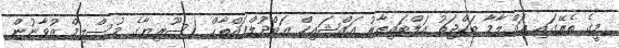
މީގެ ތެރޭގައި ޢައްލާމާ ބަހްޖަތު އަލްބައިޠާރު އައްޝައިޚް ޢަބްދުލްފައްތާޙް (ސޫރިޔާގެ މުސްލިމް ޒުވާނުން